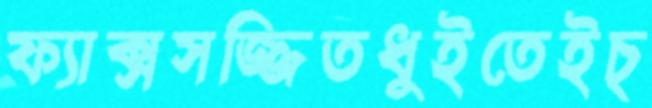
ফ্যাক্সসজ্জিতধুইতেইচ্